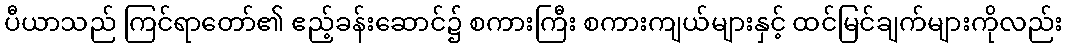
ပီယာသည် ကြင်ရာတော်၏ ဧည့်ခန်းဆောင်၌ စကားကြီး စကားကျယ်များနှင့် ထင်မြင်ချက်များကိုလည်း